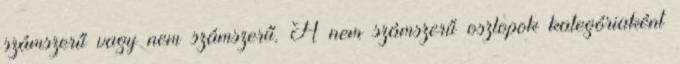
számszerű vagy nem számszerű. A nem számszerű oszlopok kategóriaként